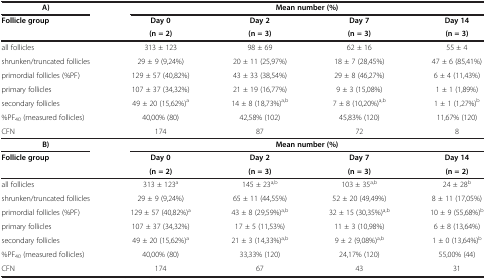
<table><thead><tr><td><b>A)</b></td><td colspan="4"><b>Mean number (%)</b></td></tr><tr><td><b>Follicle group</b></td><td><b>Day 0</b></td><td><b>Day 2</b></td><td><b>Day 7</b></td><td><b>Day 14</b></td></tr><tr><td><b> </b></td><td><b>(n = 2)</b></td><td><b>(n = 3)</b></td><td><b>(n = 3)</b></td><td><b>(n = 3)</b></td></tr></thead><tbody><tr><td>all follicles</td><td>313 ± 123</td><td>98 ± 69</td><td>62 ± 16</td><td>55 ± 4</td></tr><tr><td>shrunken/truncated follicles</td><td>29 ± 9 (9,24%)</td><td>20 ± 11 (25,97%)</td><td>18 ± 7 (28,45%)</td><td>47 ± 6 (85,41%)</td></tr><tr><td>primordial follicles (%PF)</td><td>129 ± 57 (40,82%)</td><td>43 ± 33 (38,54%)</td><td>29 ± 8 (46,27%)</td><td>6 ± 4 (11,43%)</td></tr><tr><td>primary follicles</td><td>107 ± 37 (34,32%)</td><td>21 ± 19 (16,77%)</td><td>9 ± 3 (15,08%)</td><td>1 ± 1 (1,89%)</td></tr><tr><td>secondary follicles</td><td>49 ± 20 (15,62%)<sup>a</sup></td><td>14 ± 8 (18,73%)<sup>a,b</sup></td><td>7 ± 8 (10,20%)<sup>a,b</sup></td><td>1 ± 1 (1,27%)<sup>b</sup></td></tr><tr><td>%PF<sub>40</sub> (measured follicles)</td><td>40,00% (80)</td><td>42,58% (102)</td><td>45,83% (120)</td><td>11,67% (120)</td></tr><tr><td>CFN</td><td>174</td><td>87</td><td>72</td><td>8</td></tr><tr><td><b>B)</b></td><td colspan="4"><b>Mean number (%)</b></td></tr><tr><td><b>Follicle group</b></td><td><b>Day 0</b></td><td><b>Day 2</b></td><td><b>Day 7</b></td><td><b>Day 14</b></td></tr><tr><td> </td><td><b>(n = 2)</b></td><td><b>(n = 3)</b></td><td><b>(n = 3)</b></td><td><b>(n = 2)</b></td></tr><tr><td>all follicles</td><td>313 ± 123<sup>a</sup></td><td>145 ± 23<sup>a,b</sup></td><td>103 ± 35<sup>a,b</sup></td><td>24 ± 28<sup>b</sup></td></tr><tr><td>shrunken/truncated follicles</td><td>29 ± 9 (9,24%)</td><td>65 ± 11 (44,55%)</td><td>52 ± 20 (49,49%)</td><td>8 ± 11 (17,05%)</td></tr><tr><td>primordial follicles (%PF)</td><td>129 ± 57 (40,82%)<sup>a</sup></td><td>43 ± 8 (29,59%)<sup>a,b</sup></td><td>32 ± 15 (30,35%)<sup>a,b</sup></td><td>10 ± 9 (55,68%)<sup>b</sup></td></tr><tr><td>primary follicles</td><td>107 ± 37 (34,32%)</td><td>17 ± 5 (11,53%)</td><td>11 ± 3 (10,98%)</td><td>6 ± 8 (13,64%)</td></tr><tr><td>secondary follicles</td><td>49 ± 20 (15,62%)<sup>a</sup></td><td>21 ± 3 (14,33%)<sup>a,b</sup></td><td>9 ± 2 (9,08%)<sup>a,b</sup></td><td>1 ± 0 (13,64%)<sup>b</sup></td></tr><tr><td>%PF<sub>40</sub> (measured follicles)</td><td>40,00% (80)</td><td>33,33% (120)</td><td>24,17% (120)</td><td>55,00% (44)</td></tr><tr><td>CFN</td><td>174</td><td>67</td><td>43</td><td>31</td></tr></tbody></table>